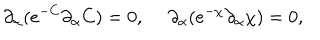
\partial _ { \alpha } ( e ^ { - C } \partial _ { \alpha } C ) = 0 , ~ ~ \partial _ { \alpha } ( e ^ { - \chi } \partial _ { \alpha } \chi ) = 0 ,